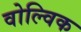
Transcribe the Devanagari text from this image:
वोल्विक